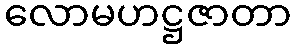
လောမဟဋ္ဌဇာတာ